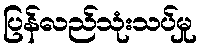
ပြန်လည်သုံးသပ်မှု